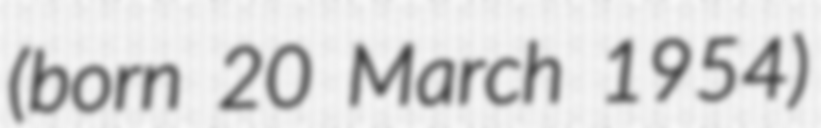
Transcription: (born 20 March 1954)